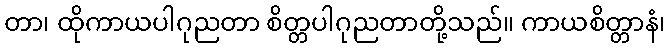
တာ၊ ထိုကာယပါဂုညတာ စိတ္တပါဂုညတာတို့သည်။ ကာယစိတ္တာနံ၊